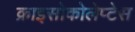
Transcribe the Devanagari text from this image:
क्राइसोकोलेप्टेस